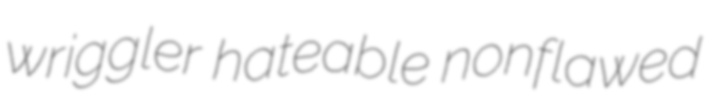
wriggler hateable nonflawed